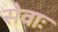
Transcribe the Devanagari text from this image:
सेवाः